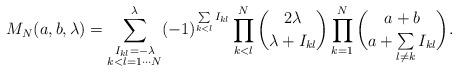
LaTeX: \begin{align*}M_N(a, b, \lambda) = \sum\limits_{\substack{I_{kl}=-\lambda\\k<l=1\cdots N}}^\lambda(-1)^{\sum\limits_{k<l} I_{kl}}\prod\limits_{k<l}^N \binom{2\lambda}{\lambda+I_{kl}}\prod\limits_{k=1}^N\binom{a+b}{a+\sum\limits_{l\neq k} I_{kl}}.\end{align*}